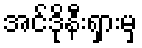
အင်ဒိုနီးရှားမှ